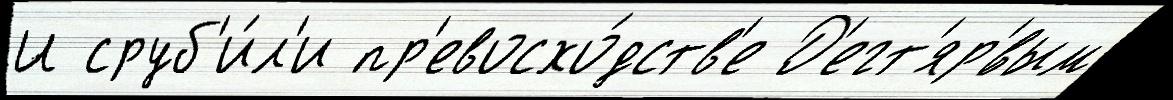
И сруб'и́л'и пр'евосхо́дств'е Д'егт'яр'́вым